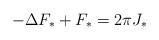
LaTeX: \begin{align*} -\Delta F_* + F_* = 2\pi J_* \end{align*}